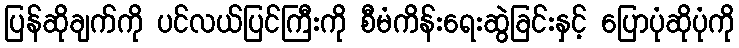
ပြန်ဆိုချက်ကို ပင်လယ်ပြင်ကြီးကို စီမံကိန်းရေးဆွဲခြင်းနှင့် ပြောပုံဆိုပုံကို